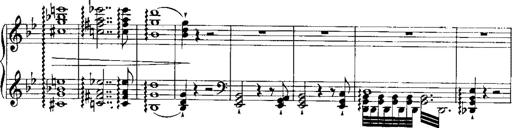
Title: RÃ©miniscences de Norma de Bellini
Composer: Franz Liszt